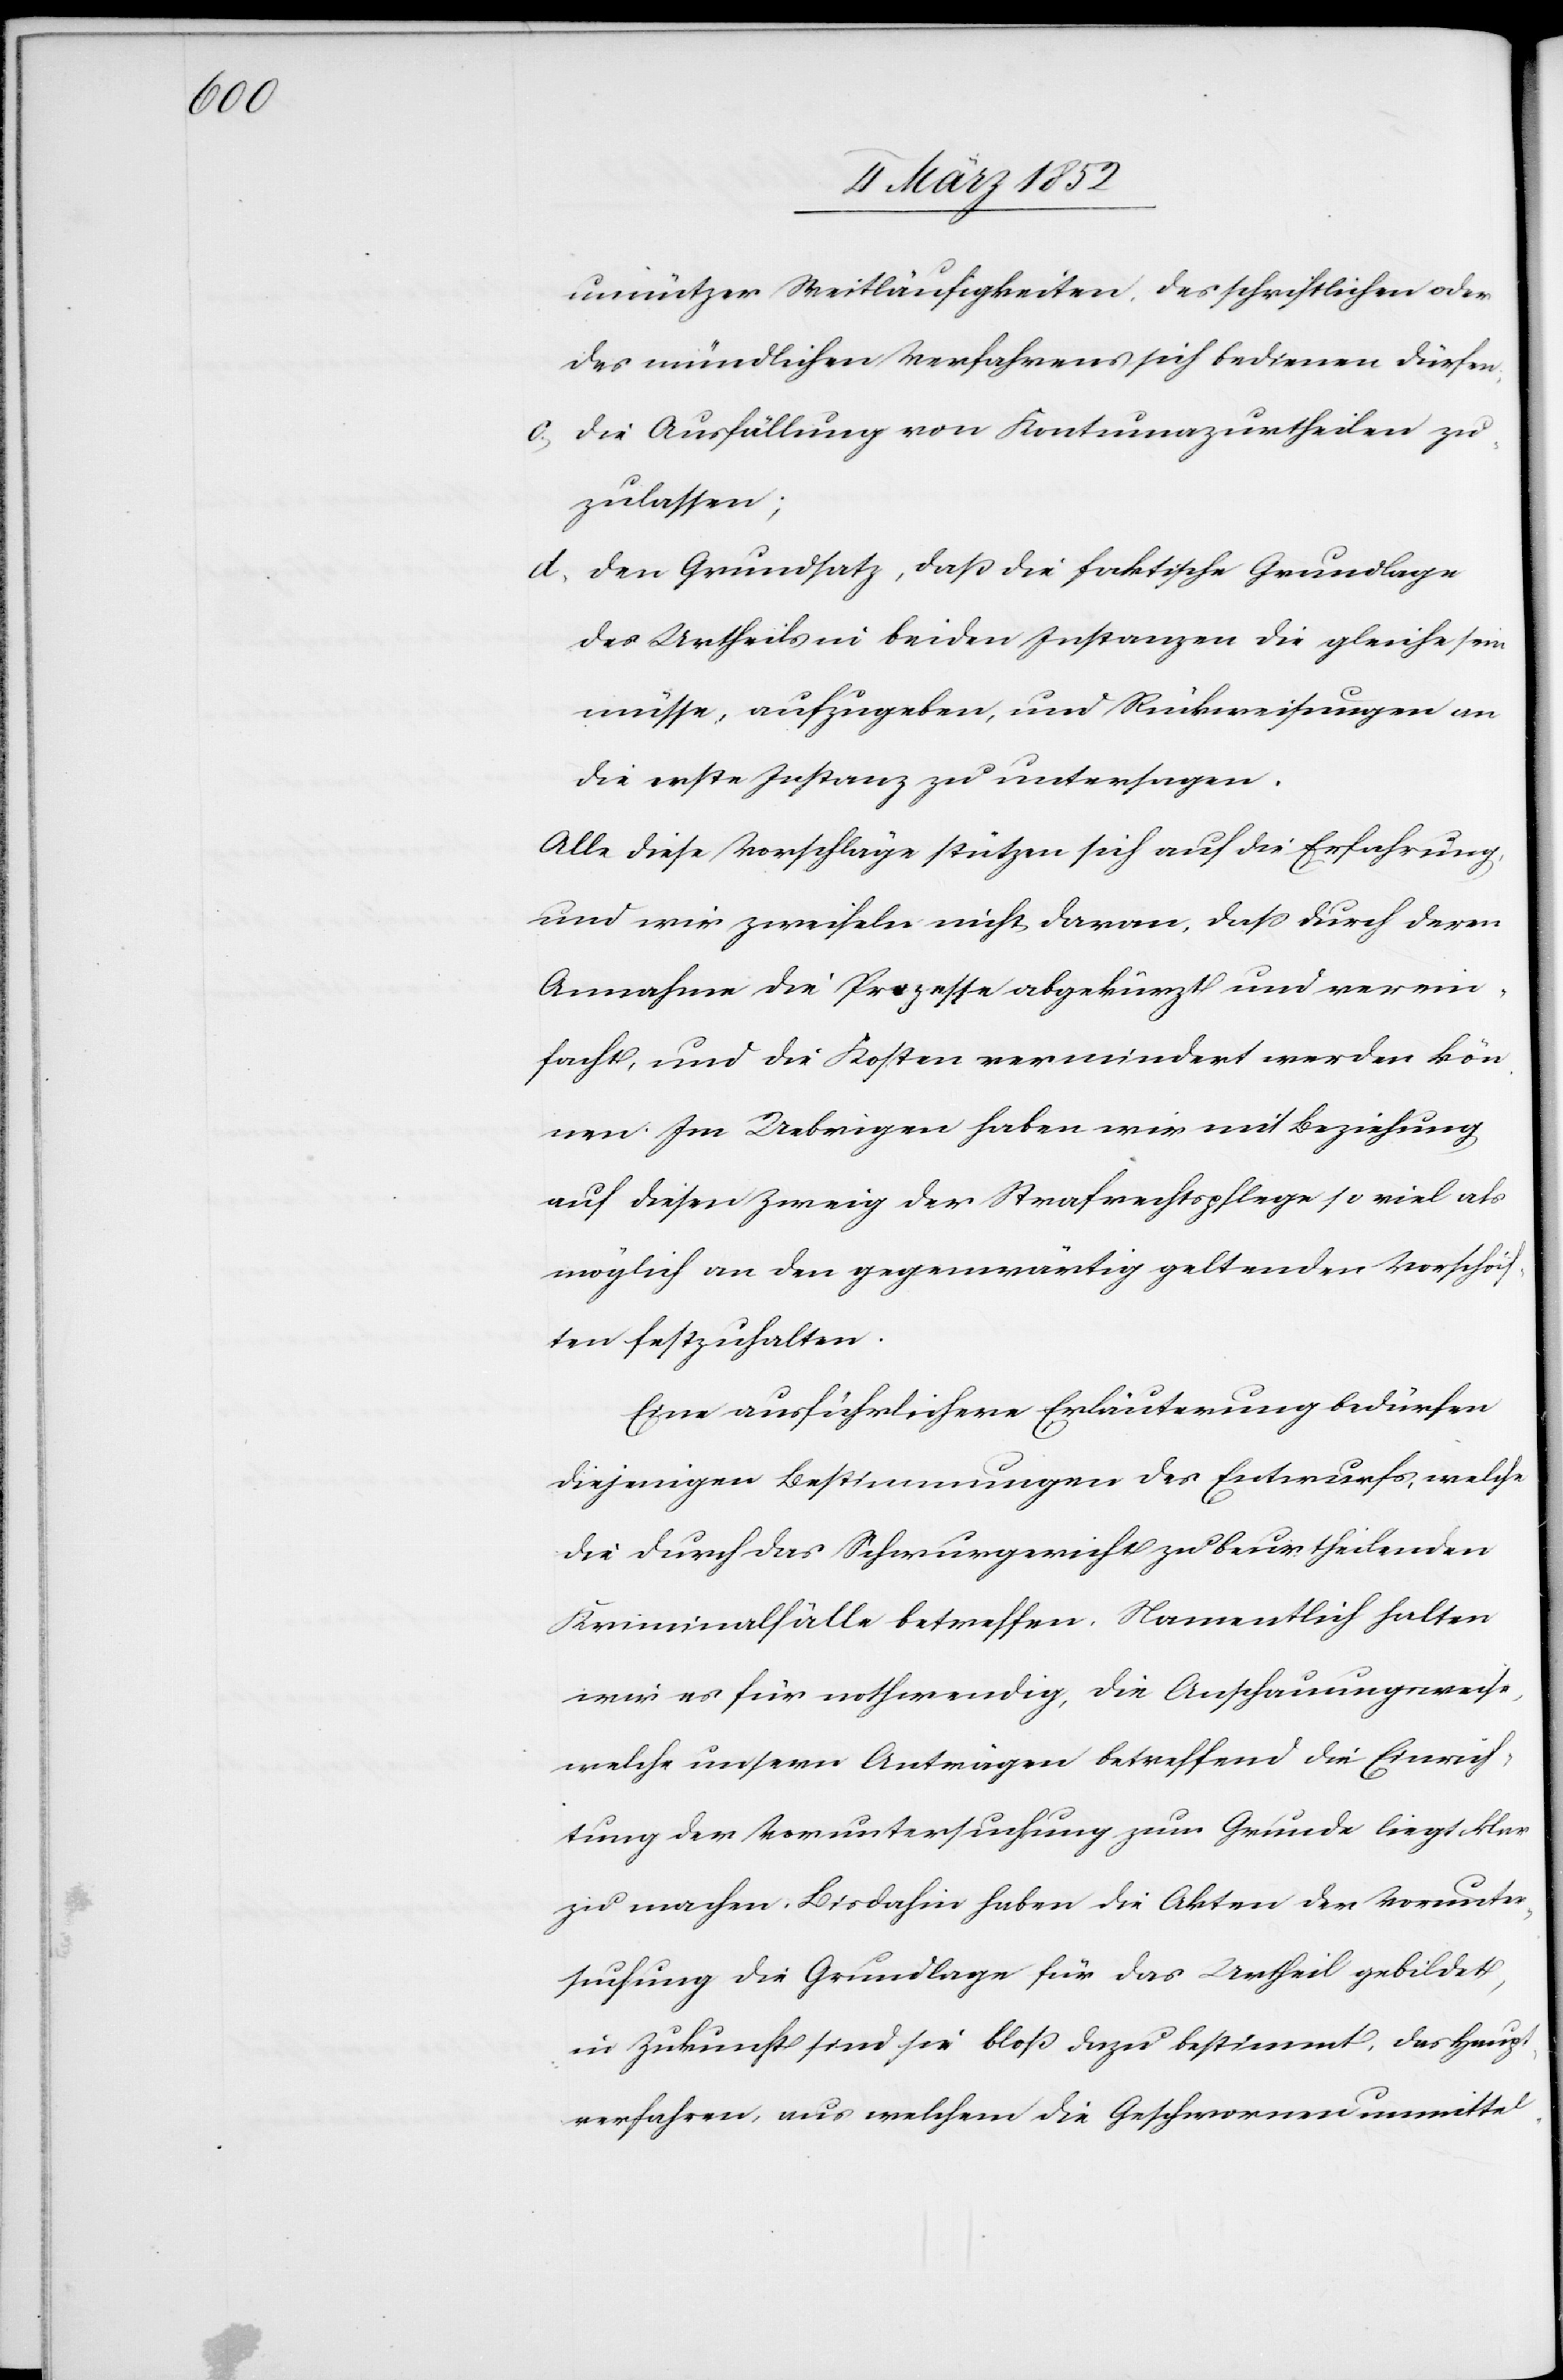
unnützer Weitläufigkeiten des schriftlichen oder
des mündlichen Verfahrens sich bedienen dürfen.
c.) Die Ausfällung von Kontumazurtheilen zu¬
zulassen;
d.) Den Grundsatz, daß die faktische Grundlage
des Urtheils in beiden Instanzen die gleiche sein
müsse, aufzugeben, und Rückweisungen an
die erste Instanz zu untersagen.
Alle diese Vorschläge stützen sich auf die Erfahrung,
und wir zweifeln nicht daran, daß durch deren
Annahme die Prozesse abgekürzt und verein¬
facht, und die Kosten vermindert werden kön¬
nen. Im Uebrigen haben wir mit Beziehung
auf diesen Zweig der Strafrechtspflege so viel als
möglich an den gegenwärtig geltenden Vorschrif¬
ten festzuhalten.
Eine ausführlichere Erläuterung bedürfen
diejenigen Bestimmungen des Entwurfs, welche
die durch das Schwurgericht zu beurtheilenden
Kriminalfälle betreffen. Namentlich halten
wir es für nothwendig, die Anschauungsweise,
welche unsern Anträgen betreffend die Einrich¬
tung der Voruntersuchung zum Grunde liegt klar
zu machen. Bis dahin haben die Akten der Vorunter¬
suchung die Grundlage für das Urtheil gebildet,
in Zukunft sind sie bloß dazu bestimmt, das Haupt¬
verfahren aus welchem die Geschwornen unmittel-